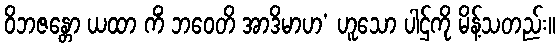
ဝိဘဇန္တော ယထာ ကိံ ဘဝေတိ အာဒိမာဟ’ ဟူသော ပါဌ်ကို မိန့်သတည်း။